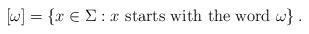
LaTeX: \begin{align*} [\omega] = \{x \in \Sigma: x \textrm{ starts with the word } \omega \}\,. \end{align*}